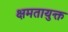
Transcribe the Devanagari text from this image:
क्षमतायुक्त